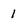
Character: I